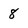
Character: 8